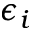
\epsilon _ { i }